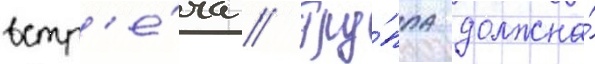
встр'е́ча // Гру́ппа должна́